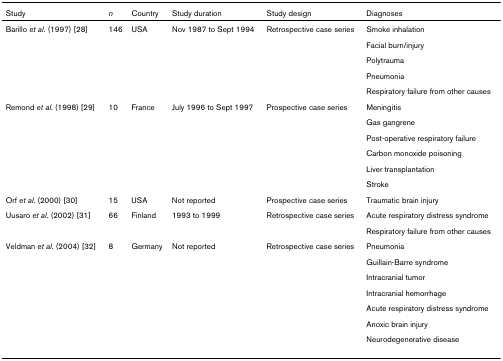
<table><thead><tr><td><b>Study</b></td><td><b><i>n</i></b></td><td><b>Country</b></td><td><b>Study duration</b></td><td><b>Study design</b></td><td><b>Diagnoses</b></td></tr></thead><tbody><tr><td>Barillo <i>et al</i>. (1997) [28]</td><td>146</td><td>USA</td><td>Nov 1987 to Sept 1994</td><td>Retrospective case series</td><td>Smoke inhalation</td></tr><tr><td></td><td></td><td></td><td></td><td></td><td>Facial burn/injury</td></tr><tr><td></td><td></td><td></td><td></td><td></td><td>Polytrauma</td></tr><tr><td></td><td></td><td></td><td></td><td></td><td>Pneumonia</td></tr><tr><td></td><td></td><td></td><td></td><td></td><td>Respiratory failure from other causes</td></tr><tr><td>Remond <i>et al</i>. (1998) [29]</td><td>10</td><td>France</td><td>July 1996 to Sept 1997</td><td>Prospective case series</td><td>Meningitis</td></tr><tr><td></td><td></td><td></td><td></td><td></td><td>Gas gangrene</td></tr><tr><td></td><td></td><td></td><td></td><td></td><td>Post-operative respiratory failure</td></tr><tr><td></td><td></td><td></td><td></td><td></td><td>Carbon monoxide poisoning</td></tr><tr><td></td><td></td><td></td><td></td><td></td><td>Liver transplantation</td></tr><tr><td></td><td></td><td></td><td></td><td></td><td>Stroke</td></tr><tr><td>Orf <i>et al</i>. (2000) [30]</td><td>15</td><td>USA</td><td>Not reported</td><td>Prospective case series</td><td>Traumatic brain injury</td></tr><tr><td>Uusaro <i>et al</i>. (2002) [31]</td><td>66</td><td>Finland</td><td>1993 to 1999</td><td>Retrospective case series</td><td>Acute respiratory distress syndrome</td></tr><tr><td></td><td></td><td></td><td></td><td></td><td>Respiratory failure from other causes</td></tr><tr><td>Veldman <i>et al</i>. (2004) [32]</td><td>8</td><td>Germany</td><td>Not reported</td><td>Retrospective case series</td><td>Pneumonia</td></tr><tr><td></td><td></td><td></td><td></td><td></td><td>Guillain-Barre syndrome</td></tr><tr><td></td><td></td><td></td><td></td><td></td><td>Intracranial tumor</td></tr><tr><td></td><td></td><td></td><td></td><td></td><td>Intracranial hemorrhage</td></tr><tr><td></td><td></td><td></td><td></td><td></td><td>Acute respiratory distress syndrome</td></tr><tr><td></td><td></td><td></td><td></td><td></td><td>Anoxic brain injury</td></tr><tr><td></td><td></td><td></td><td></td><td></td><td>Neurodegenerative disease</td></tr></tbody></table>